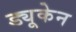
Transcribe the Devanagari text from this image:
ड्यूकेन